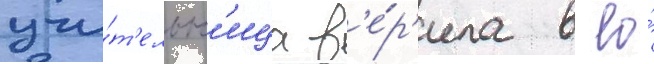
учи́т'ельн'ица в'е́р'ила в ео́